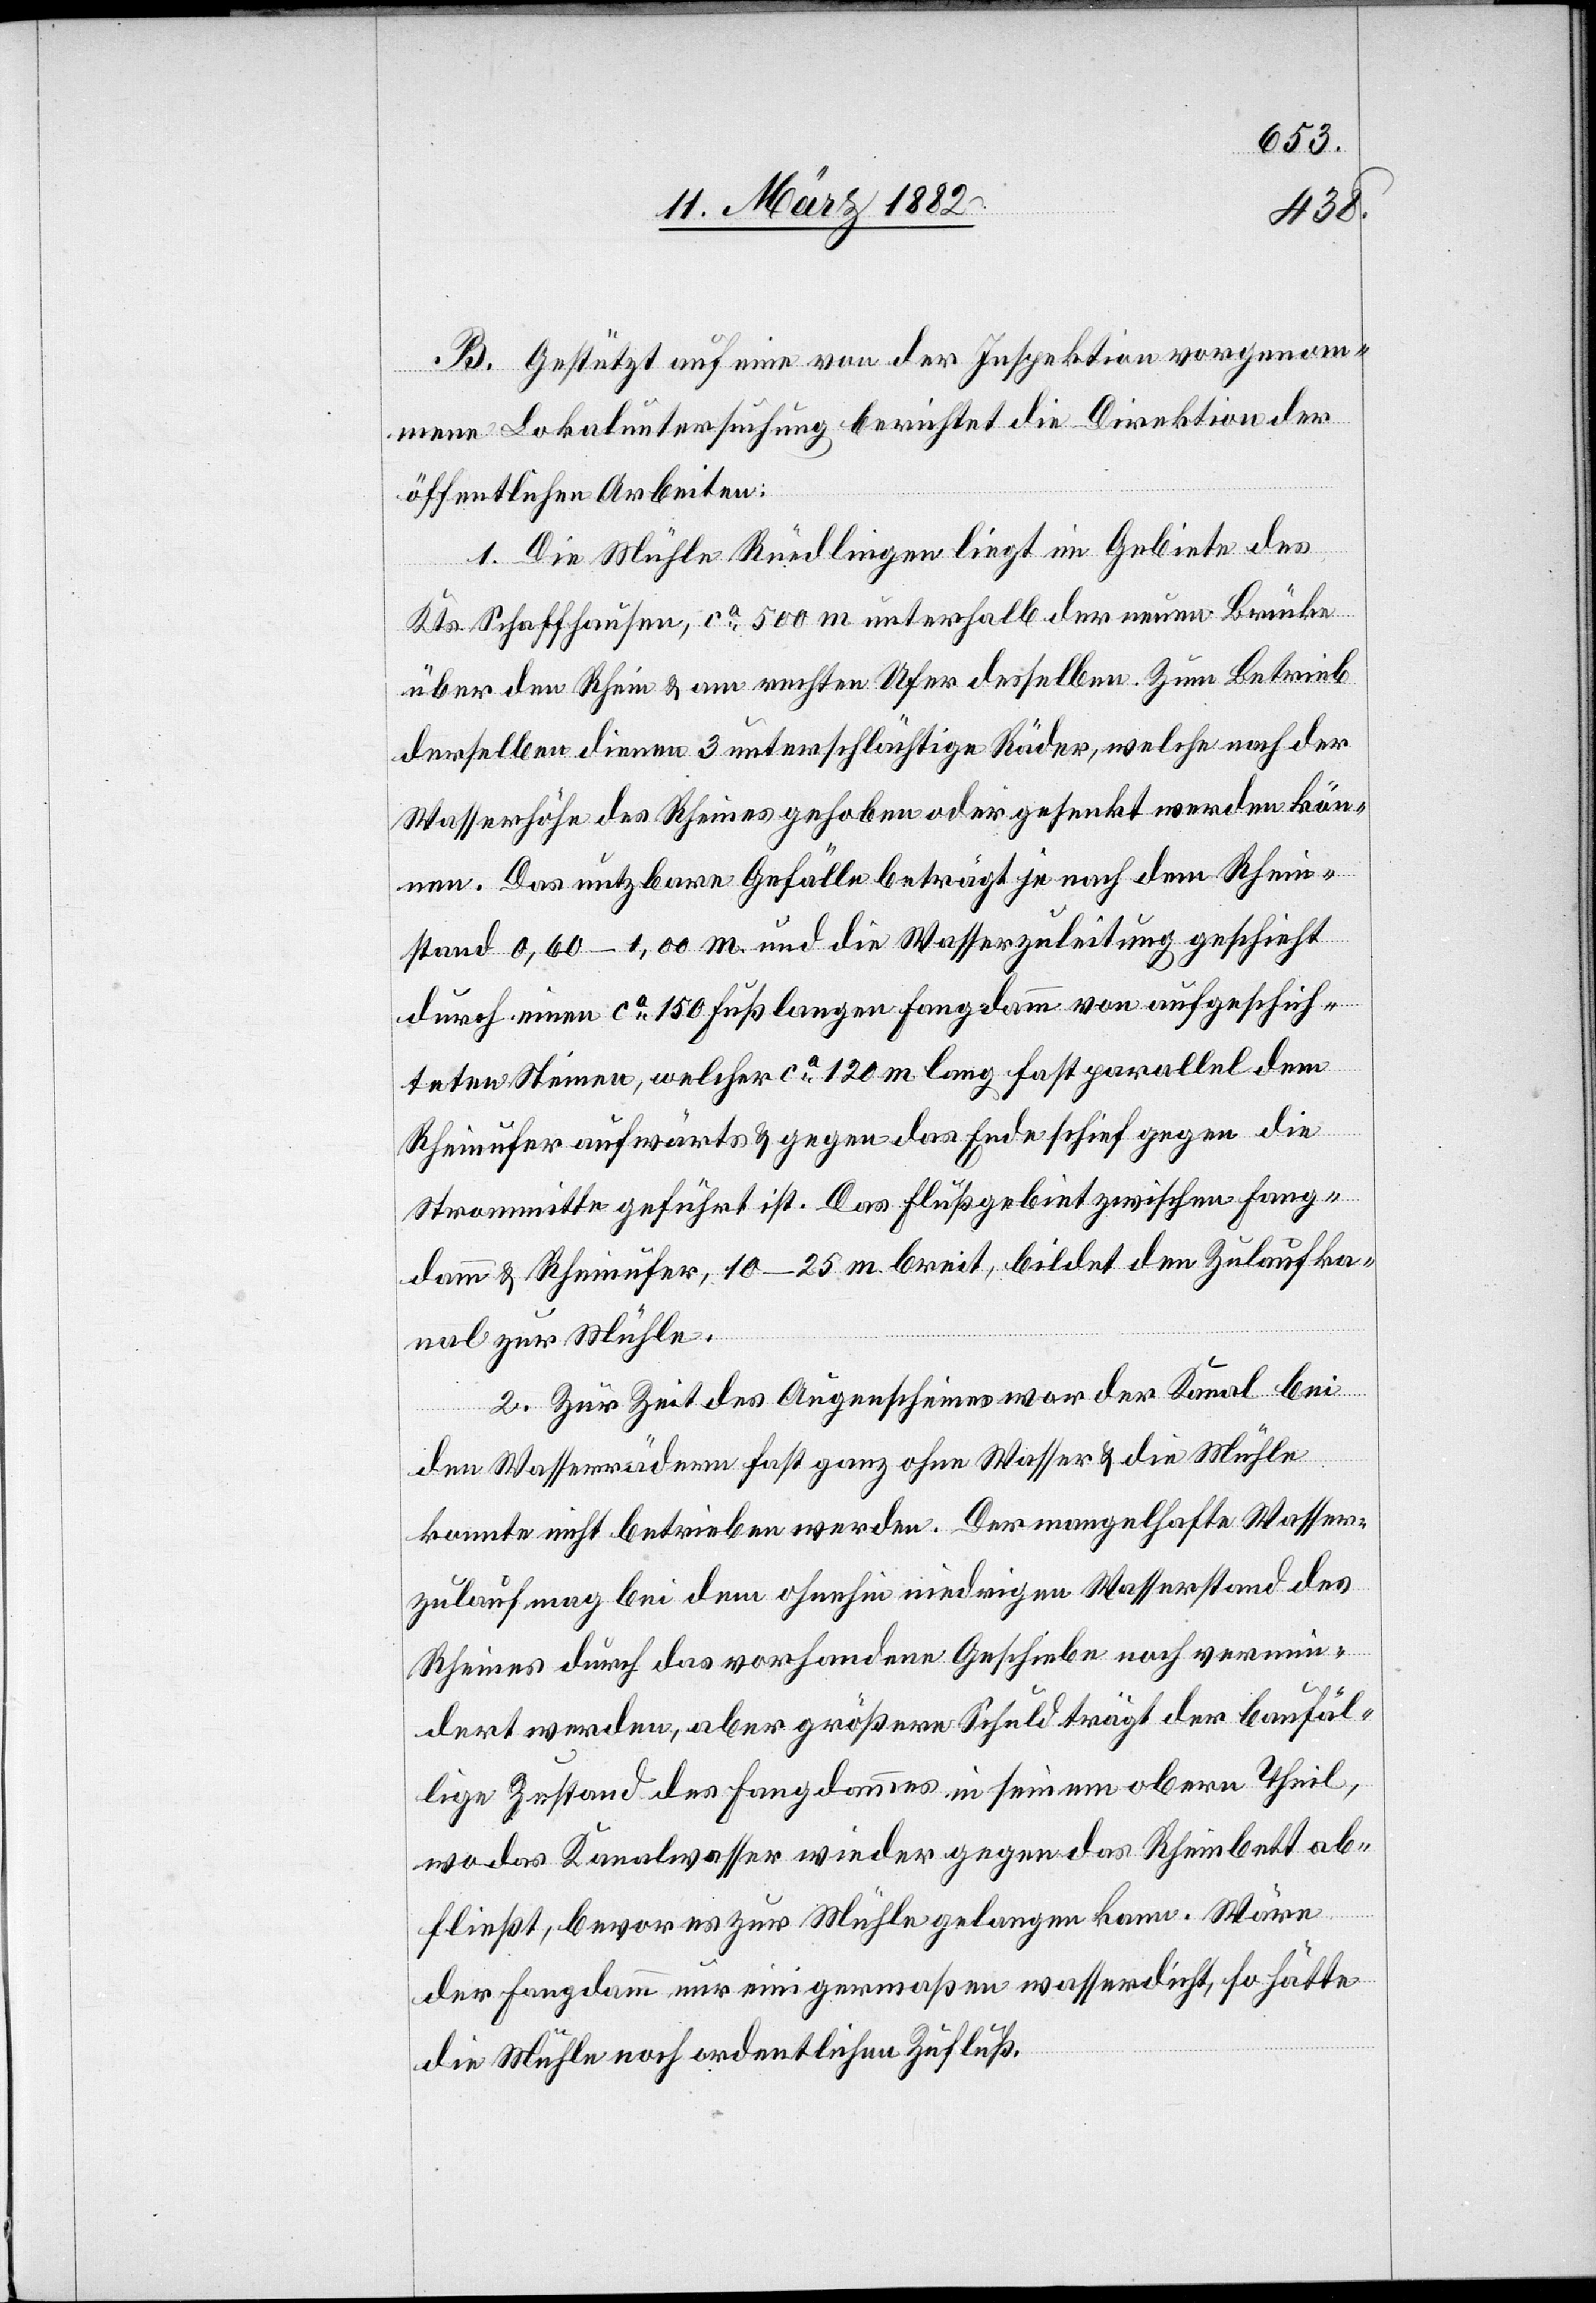
B. Gestützt auf eine von der Inspektion vorgenom¬
mene Lokaluntersuchung berichtet die Direktion der
öffentlichen Arbeiten:
1. Die Mühle Rüdlingen liegt im Gebiete des
Kts. Schaffhausen, ca 500 m unterhalb der neuen Brücke
über den Rhein & am rechten Ufer desselben. Zum Betrieb
derselben dienen 3 unterschlächtige Räder, welche nach der
Wasserhöhe des Rheines gehoben oder gesenkt werden kön¬
nen. Das nutzbare Gefälle beträgt je nach dem Rhein¬
stand 0,60–1,00 m und die Wasserzuleitung geschieht
durch einen ca 150 Fuß langen Fangdamm von aufgeschich¬
teten Steinen, welcher ca 120 m lang fast parallel dem
Rheinufer aufwärts & gegen das Ende schief gegen die
Strommitte geführt ist. Das Flußgebiet zwischen Fang¬
damm & Rheinufer, 10–25 m breit, bildet den Zulaufka¬
nal zur Mühle.
2. Zur Zeit des Augenscheines war der Kanal bei
den Wasserrädern fast ganz ohne Wasser & die Mühle
konnte nicht betrieben werden. Der mangelhafte Wasser¬
zulauf mag bei dem ohnehin niedrigen Wasserstand des
Rheines durch das vorhandene Geschiebe noch vermin¬
dert werden, aber größere Schuld trägt der baufäl¬
lige Zustand des Fangdammes in seinem obern Theil,
wo das Kanalwasser wieder gegen das Rheinbett ab¬
fließt, bevor es zur Mühle gelangen kann. Wäre
der Fangdamm nur einigermaßen wasserdicht, so hätte
die Mühle noch ordentlichen Zufluß.